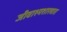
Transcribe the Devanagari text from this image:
जीवाश्मशास्त्रात